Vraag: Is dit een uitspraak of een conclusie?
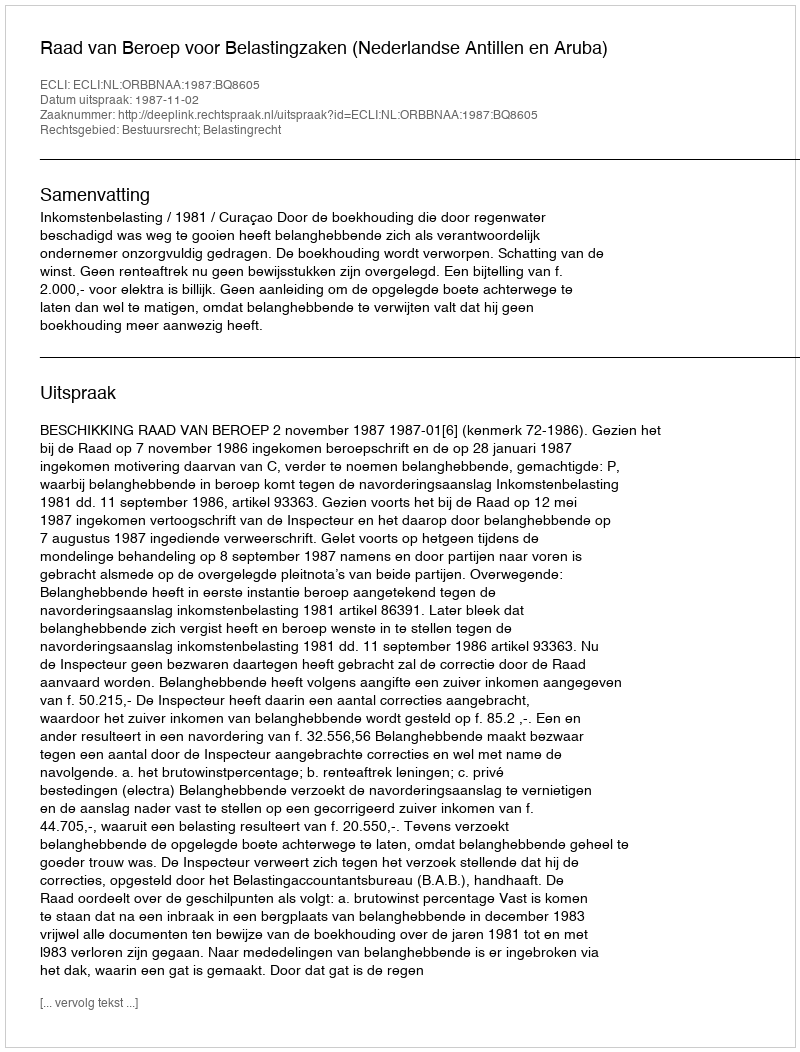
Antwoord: Uitspraak